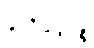
ပူတိမုတ္တဉ္စ